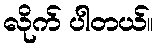
လိုက် ပါတယ်။